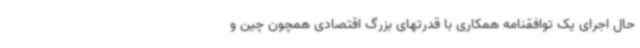
حال اجرای یک توافقنامه همکاری با قدرتهای بزرگ اقتصادی همچون چین و